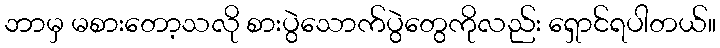
ဘာမှ မစားတော့သလို စားပွဲသောက်ပွဲတွေကိုလည်း ရှောင်ရပါတယ်။